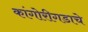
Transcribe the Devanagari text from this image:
कांगोरीगडाचे